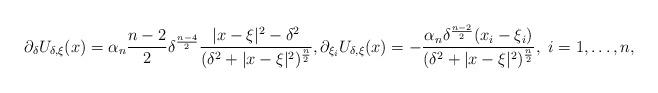
LaTeX: \begin{align*}\partial_\delta U_{\delta,\xi}(x)= \alpha_n\frac{n-2}{2}\delta^\frac{n-4}{2}\frac{|x-\xi|^2-\delta^2}{(\delta^2+|x-\xi|^2)^\frac{n}{2}},\partial_{\xi_i} U_{\delta,\xi}(x)=-\frac{\alpha_n\delta^\frac{n-2}{2}(x_i-\xi_i)}{(\delta^2+|x-\xi|^2)^\frac{n}{2}},\ i=1,\ldots, n,\end{align*}